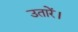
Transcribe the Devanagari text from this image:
उतारें।